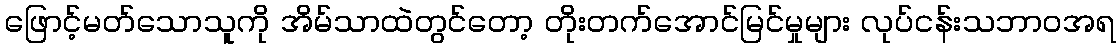
ဖြောင့်မတ်သောသူကို အိမ်သာထဲတွင်တော့ တိုးတက်အောင်မြင်မှုများ လုပ်ငန်းသဘာဝအရ